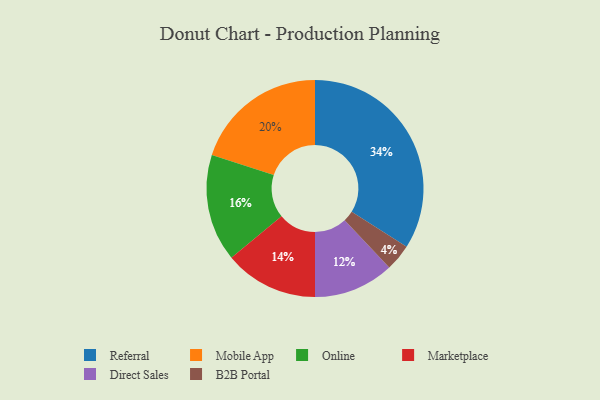
{"axis": {"x": "Category", "y": "Percentage"}, "legend": ["B2B Portal", "Direct Sales", "Marketplace", "Mobile App", "Online", "Referral"], "data": [{"x": "Direct Sales", "y": 12, "type": "Direct Sales"}, {"x": "B2B Portal", "y": 4, "type": "B2B Portal"}, {"x": "Mobile App", "y": 20, "type": "Mobile App"}, {"x": "Online", "y": 16, "type": "Online"}, {"x": "Marketplace", "y": 14, "type": "Marketplace"}, {"x": "Referral", "y": 34, "type": "Referral"}]}